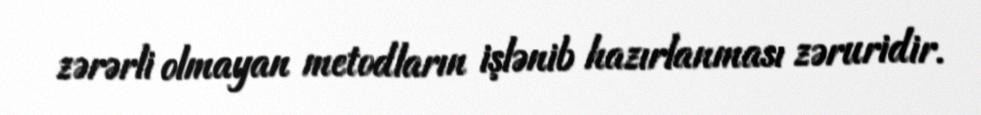
zərərli olmayan metodların işlənib hazırlanması zəruridir.